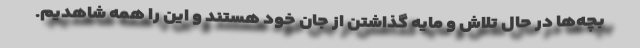
بچه‌ها در حال تلاش و مایه گذاشتن از جان خود هستند و این را همه شاهدیم.